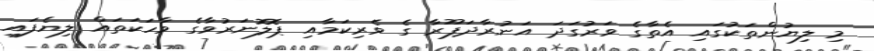
މި ލިޔުންތަކުގައި އެތާގެ ވަރުގަދަ އަނުރާދަޕޫރާ ގެ ވެރިކަމާއި ޕޮލޮނަރުވާގެ ވާހަކަތައް ލިޔެފައި